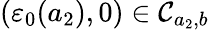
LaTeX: (\varepsilon_{0}(a_{2}),0)\in\mathcal{C}_{a_{2},b}